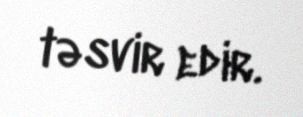
təsvir edir.